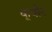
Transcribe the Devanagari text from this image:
कूचीन